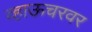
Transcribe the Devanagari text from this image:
व्हाऊचरवर